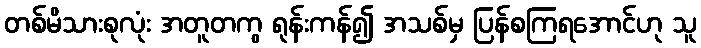
တစ်မိသားစုလုံး အတူတကွ ရုန်းကန်၍ အသစ်မှ ပြန်စကြရအောင်ဟု သူ